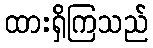
ထားရှိကြသည်